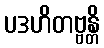
ပဒဟိတဗ္ဗန္တိ